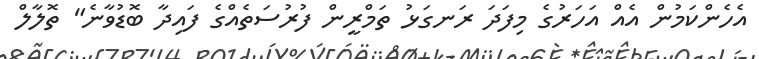
އެހެންކަމުން އެއް އަހަރުގެ މިފަދަ ރަނގަޅު ތަމްރީން ފުރުސަތެއްގެ ފައިދާ ބޮޑުވާނެ" ތޮލާލް